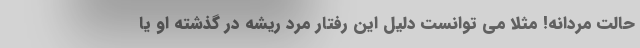
حالت مردانه! مثلا می توانست دلیل این رفتار مرد ریشه در گذشته او یا